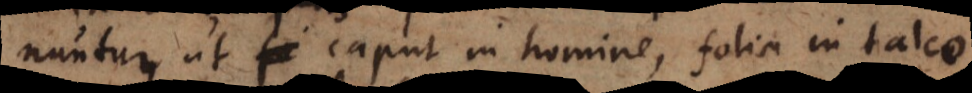
nuntur, ut caput in homine, folia in talco.